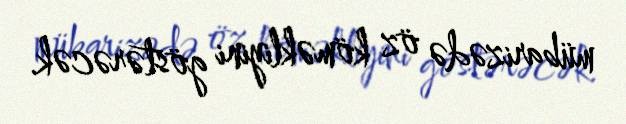
mübarizədə öz köməkliyini göstərəcək.